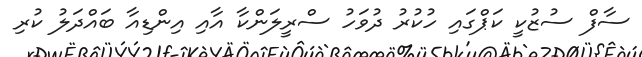
ސާފް ސުޒުކީ ކަޕްގައި ހުކުރު ދުވަހު ސްރީލަންކާ އާއި އިންޑިއާ ބައްދަލު ކުރި